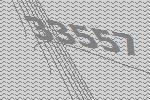
33557